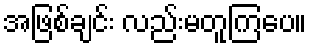
အဖြစ်ချင်း လည်းမတူကြပေ။